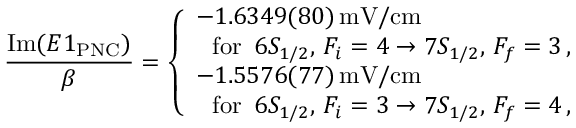
\frac { \mathrm { I m } ( E 1 _ { \mathrm { P N C } } ) } { \beta } = \left\{ \begin{array} { l l } { - 1 . 6 3 4 9 ( 8 0 ) \, \mathrm { m V / c m } } \\ { \, \, \, \, \mathrm { f o r } \, \, \, 6 S _ { 1 / 2 } , \, { F _ { i } = 4 } \rightarrow { 7 S _ { 1 / 2 } , \, { F _ { f } = 3 } } \, , } \\ { - 1 . 5 5 7 6 ( 7 7 ) \, \mathrm { m V / c m } } \\ { \, \, \, \, \mathrm { f o r } \, \, \, 6 S _ { 1 / 2 } , \, { F _ { i } = 3 } \rightarrow { 7 S _ { 1 / 2 } , \, { F _ { f } = 4 } } \, , } \end{array} \right.